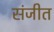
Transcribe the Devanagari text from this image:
संजीत